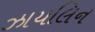
ઝાયલિન